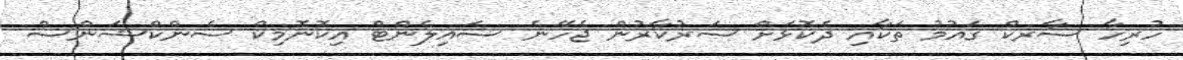
ހުރިހާ ސާރކް ގައުމު ތަކާއި ދެކޮޅަށް ސަރުކާރުން ޖެހޭނެ ސައިލެންޓް އިކޮނޮމިކް ސެންކްޝަންސް